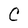
Character: C